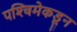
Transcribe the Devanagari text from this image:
पश्‍चिमेकडून